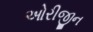
ઓરીજીન